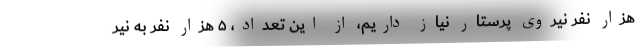
هزار نفر نیروی پرستار نیاز داریم، از این تعداد، ۵ هزار نفر به نیر